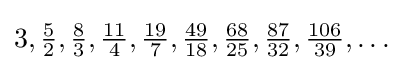
3,{\tfrac {5}{2}},{\tfrac {8}{3}},{\tfrac {11}{4}},{\tfrac {19}{7}},{\tfrac {49}{18}},{\tfrac {68}{25}},{\tfrac {87}{32}},{\tfrac {106}{39}},\ldots